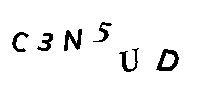
C3N5UD